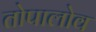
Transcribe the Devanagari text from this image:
तोपालोव